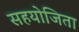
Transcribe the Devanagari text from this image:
सहयोजिता